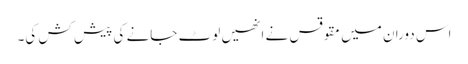
اس دوران میں مقوقس نے انھیں لوٹ جانے کی پیش کش کی۔